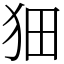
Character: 𤝗